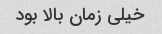
خیلی زمان بالا بود